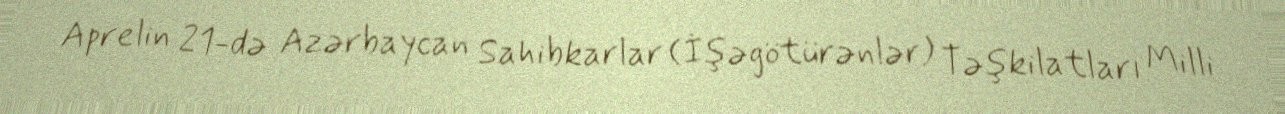
Aprelin 21-də Azərbaycan Sahibkarlar (İşəgötürənlər) Təşkilatları Milli